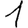
Digit: 1